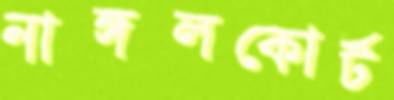
নাঙ্গলকোর্ট